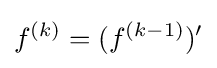
f^{(k)}=(f^{(k-1)})'